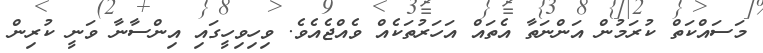
މަސައްކަތް ކުރަމުން އަންނަތާ އެތައް އަހަރުތަކެއް ވެއްޖެއެވެ. ވިހިވިހީގައި އިންސާނާ ވަނީ ކުރިން